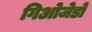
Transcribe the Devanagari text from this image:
गिओजेडो